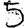
Digit: 5